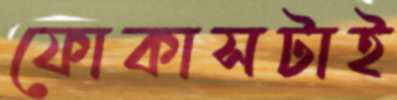
ফোকাসটাই